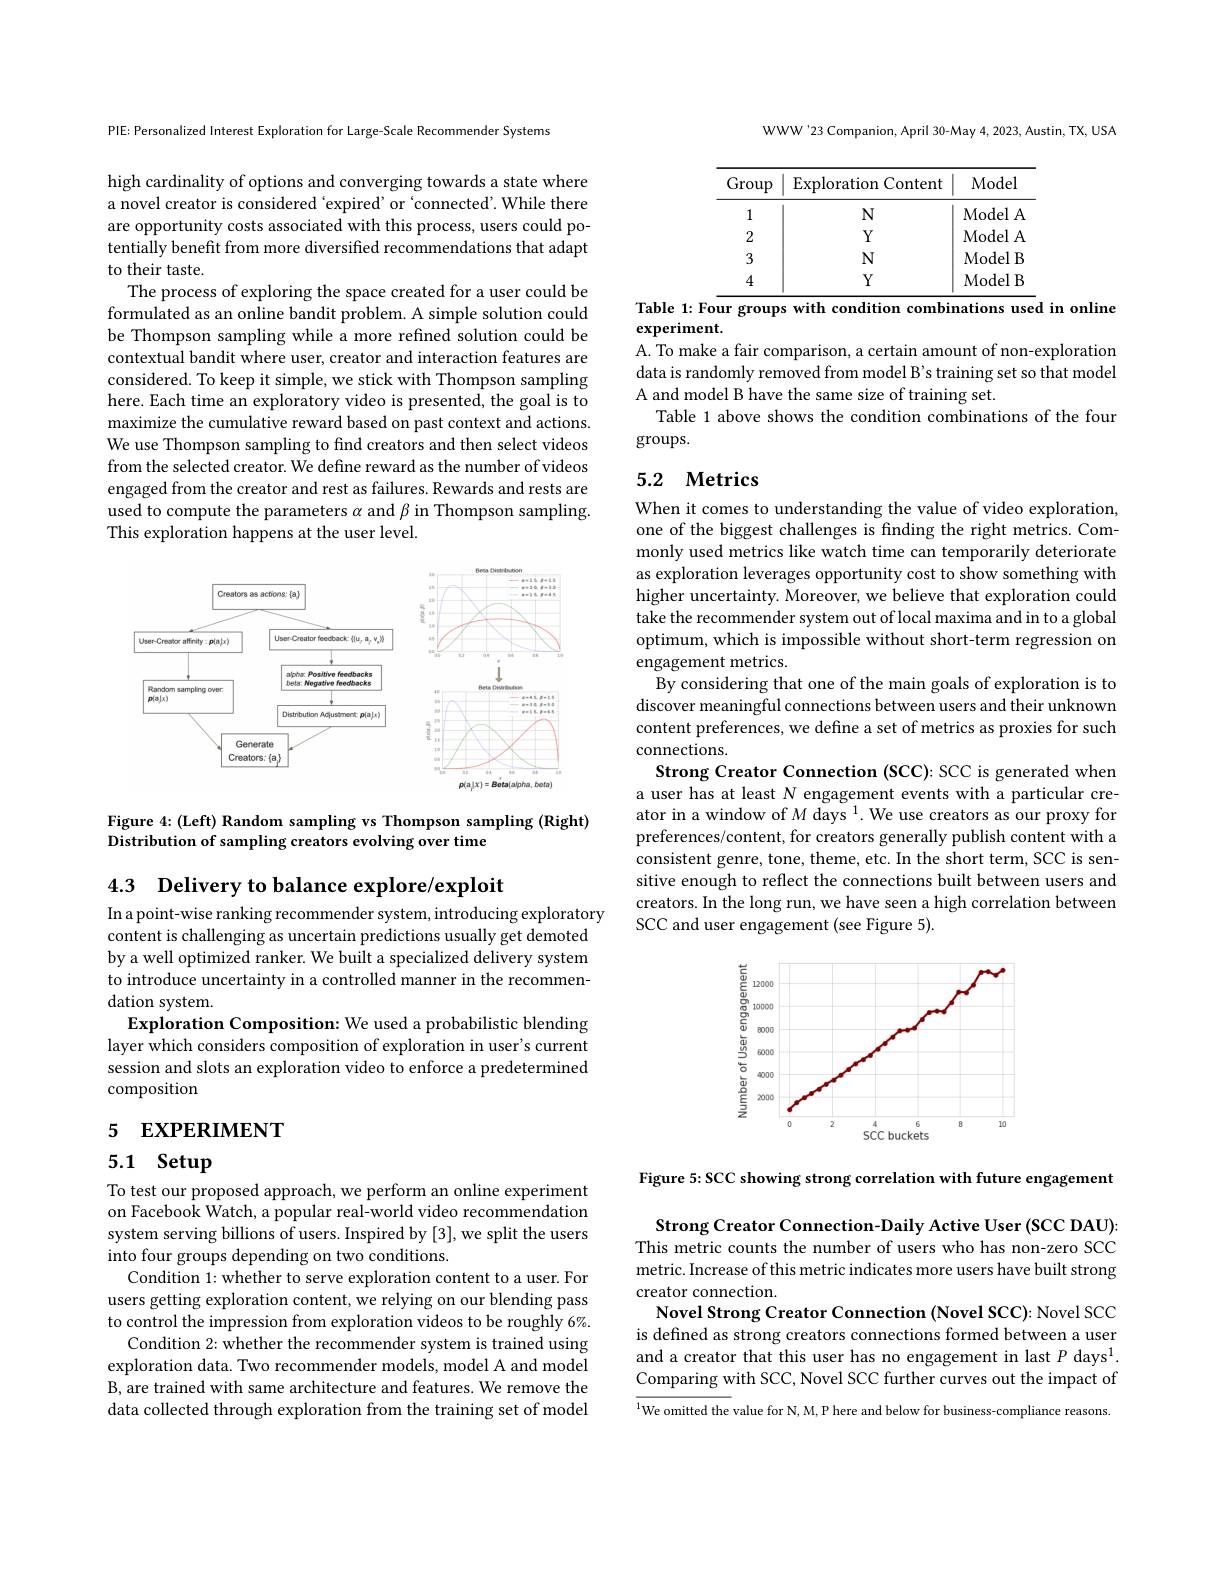
PIE: Personalized Interest Exploration for Large-Scale Recommender Systems

high cardinality of options and converging towards a state where a novel creator is considered 'expired' or 'connected'. While there are opportunity costs associated with this process, users could potentially benefit from more diversified recommendations that adapt to their taste.
The process of exploring the space created for a user could be formulated as an online bandit problem. A simple solution could be Thompson sampling while a more refined solution could be contextual bandit where user, creator and interaction features are considered. To keep it simple, we stick with Thompson sampling here. Each time an exploratory video is presented, the goal is to maximize the cumulative reward based on past context and actions. We use Thompson sampling to find creators and then select videos from the selected creator. We define reward as the number of videos engaged from the creator and rest as failures. Rewards and rests are used to compute the parameters $\alpha$ and $\beta$ in Thompson sampling. This exploration happens at the user level.

<FigureHere>

Figure 4:(Left) Random sampling vs Thompson sampling (Right)
Distribution of sampling creators evolving over time

4.3 $\textbf{Delivery to balance explore/ exploit}$

In a point-wise ranking recommender system, introducing exploratory content is challenging as uncertain predictions usually get demoted by a well optimized ranker. We built a specialized delivery system to introduce uncertainty in a controlled manner in the recommendation system.
Exploration Composition: We used a probabilistic blending layer which considers composition of exploration in user's current session and slots an exploration video to enforce a predetermined composition

# 5 EXPERIMENT

# 5.1 Setup

To test our proposed approach, we perform an online experiment on Facebook Watch, a popular real-world video recommendation system serving billions of users. Inspired by [3], we split the users into four groups depending on two conditions.
Condition 1: whether to serve exploration content to a user. For users getting exploration content, we relying on our blending pass to control the impression from exploration videos to be roughly 6%.
Condition 2: whether the recommender system is trained using exploration data. Two recommender models, model A and model B, are trained with same architecture and features. We remove the data collected through exploration from the training set of model

WWW'23 Companion, April 30-May 4, 2023, Austin, TX, USA

<table>
	<tbody>
		<tr>
			<th>Group</th>
			<th>Exploration Content</th>
			<th>Model</th>
		</tr>
		<tr>
			<td>1</td>
			<td>N</td>
			<td>Model A</td>
		</tr>
		<tr>
			<td>2</td>
			<td>$Y$</td>
			<td>Model A</td>
		</tr>
		<tr>
			<td>3</td>
			<td>N</td>
			<td>ModelB</td>
		</tr>
		<tr>
			<td>4</td>
			<td>$Y$</td>
			<td>ModelB</td>
		</tr>
	</tbody>
</table>
Table 1: Four groups with condition combinations used in online

experiment.

A. To make a fair comparison, a certain amount of non-exploration data is randomly removed from model B's training set so that model A and model B have the same size of training set.
Table 1 above shows the condition combinations of the four
$\operatorname{groups.}$

# 5.2 Metrics

When it comes to understanding the value of video exploration, one of the biggest challenges is finding the right metrics. Commonly used metrics like watch time can temporarily deteriorate as exploration leverages opportunity cost to show something with higher uncertainty. Moreover, we believe that exploration could take the recommender system out of local maxima and in to a global optimum, which is impossible without short-term regression on engagement metrics.
By considering that one of the main goals of exploration is to discover meaningful connections between users and their unknown content preferences, we define a set of metrics as proxies for such connections.
Strong Creator Connection (SCC): SCC is generated when a user has at least N engagement events with a particular creator in a window of $M\text{ days }^{1}.$ We use creators as our proxy for preferences/content, for creators generally publish content with a consistent genre, tone, theme, etc. In the short term, SCC is sensitive enough to reflect the connections built between users and creators. In the long run, we have seen a high correlation between SCC and user engagement (see Figure 5).

<FigureHere>

Figure 5: SCC showing strong correlation with future engagement

Strong Creator Connection-Daily Active User (SCC DAU): This metric counts the number of users who has non-zero SCC metric. Increase of this metric indicates more users have built strong creator connection.
Novel Strong Creator Connection (Novel SCC): Novel SCC is defined as strong creators connections formed between a user and a creator that this user has no engagement in last $P\text{days}^{1}.$ Comparing with SCC, Novel SCC further curves out the impact of

$\overline{^{1}\text{We omitted the }}$value for N, M, P here and below for business-compliance reasons